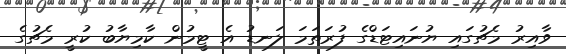
ވާއިރު މެޗުގައި ޔުނައިޓަޑްގެ ފުރަތަމަ ލަނޑު އެ ޓީމުން ކާމިޔާބު ކުރީ މެޗުގެ